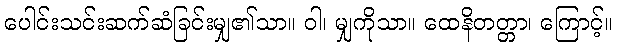
ပေါင်းသင်းဆက်ဆံခြင်းမျှ၏သာ။ ဝါ၊ မျှကိုသာ။ ထေနိတတ္တာ၊ ကြောင့်။